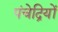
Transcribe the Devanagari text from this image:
पंचेद्रियों